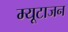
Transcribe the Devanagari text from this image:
म्यूटाजन